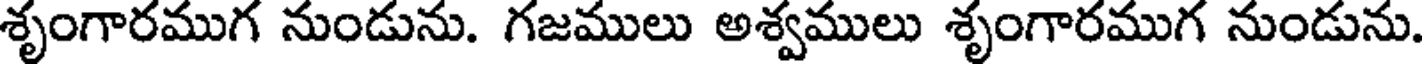
శృంగారముగ నుండును. గజములు అశ్వములు శృంగారముగ నుండును.